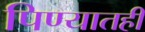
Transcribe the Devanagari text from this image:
पिण्यातही